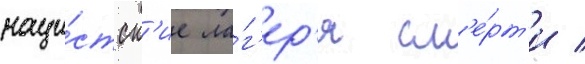
наци́стск'ие ла́г'ер'я см'е́рт'и /